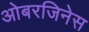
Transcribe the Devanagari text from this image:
ओबरजिनेस